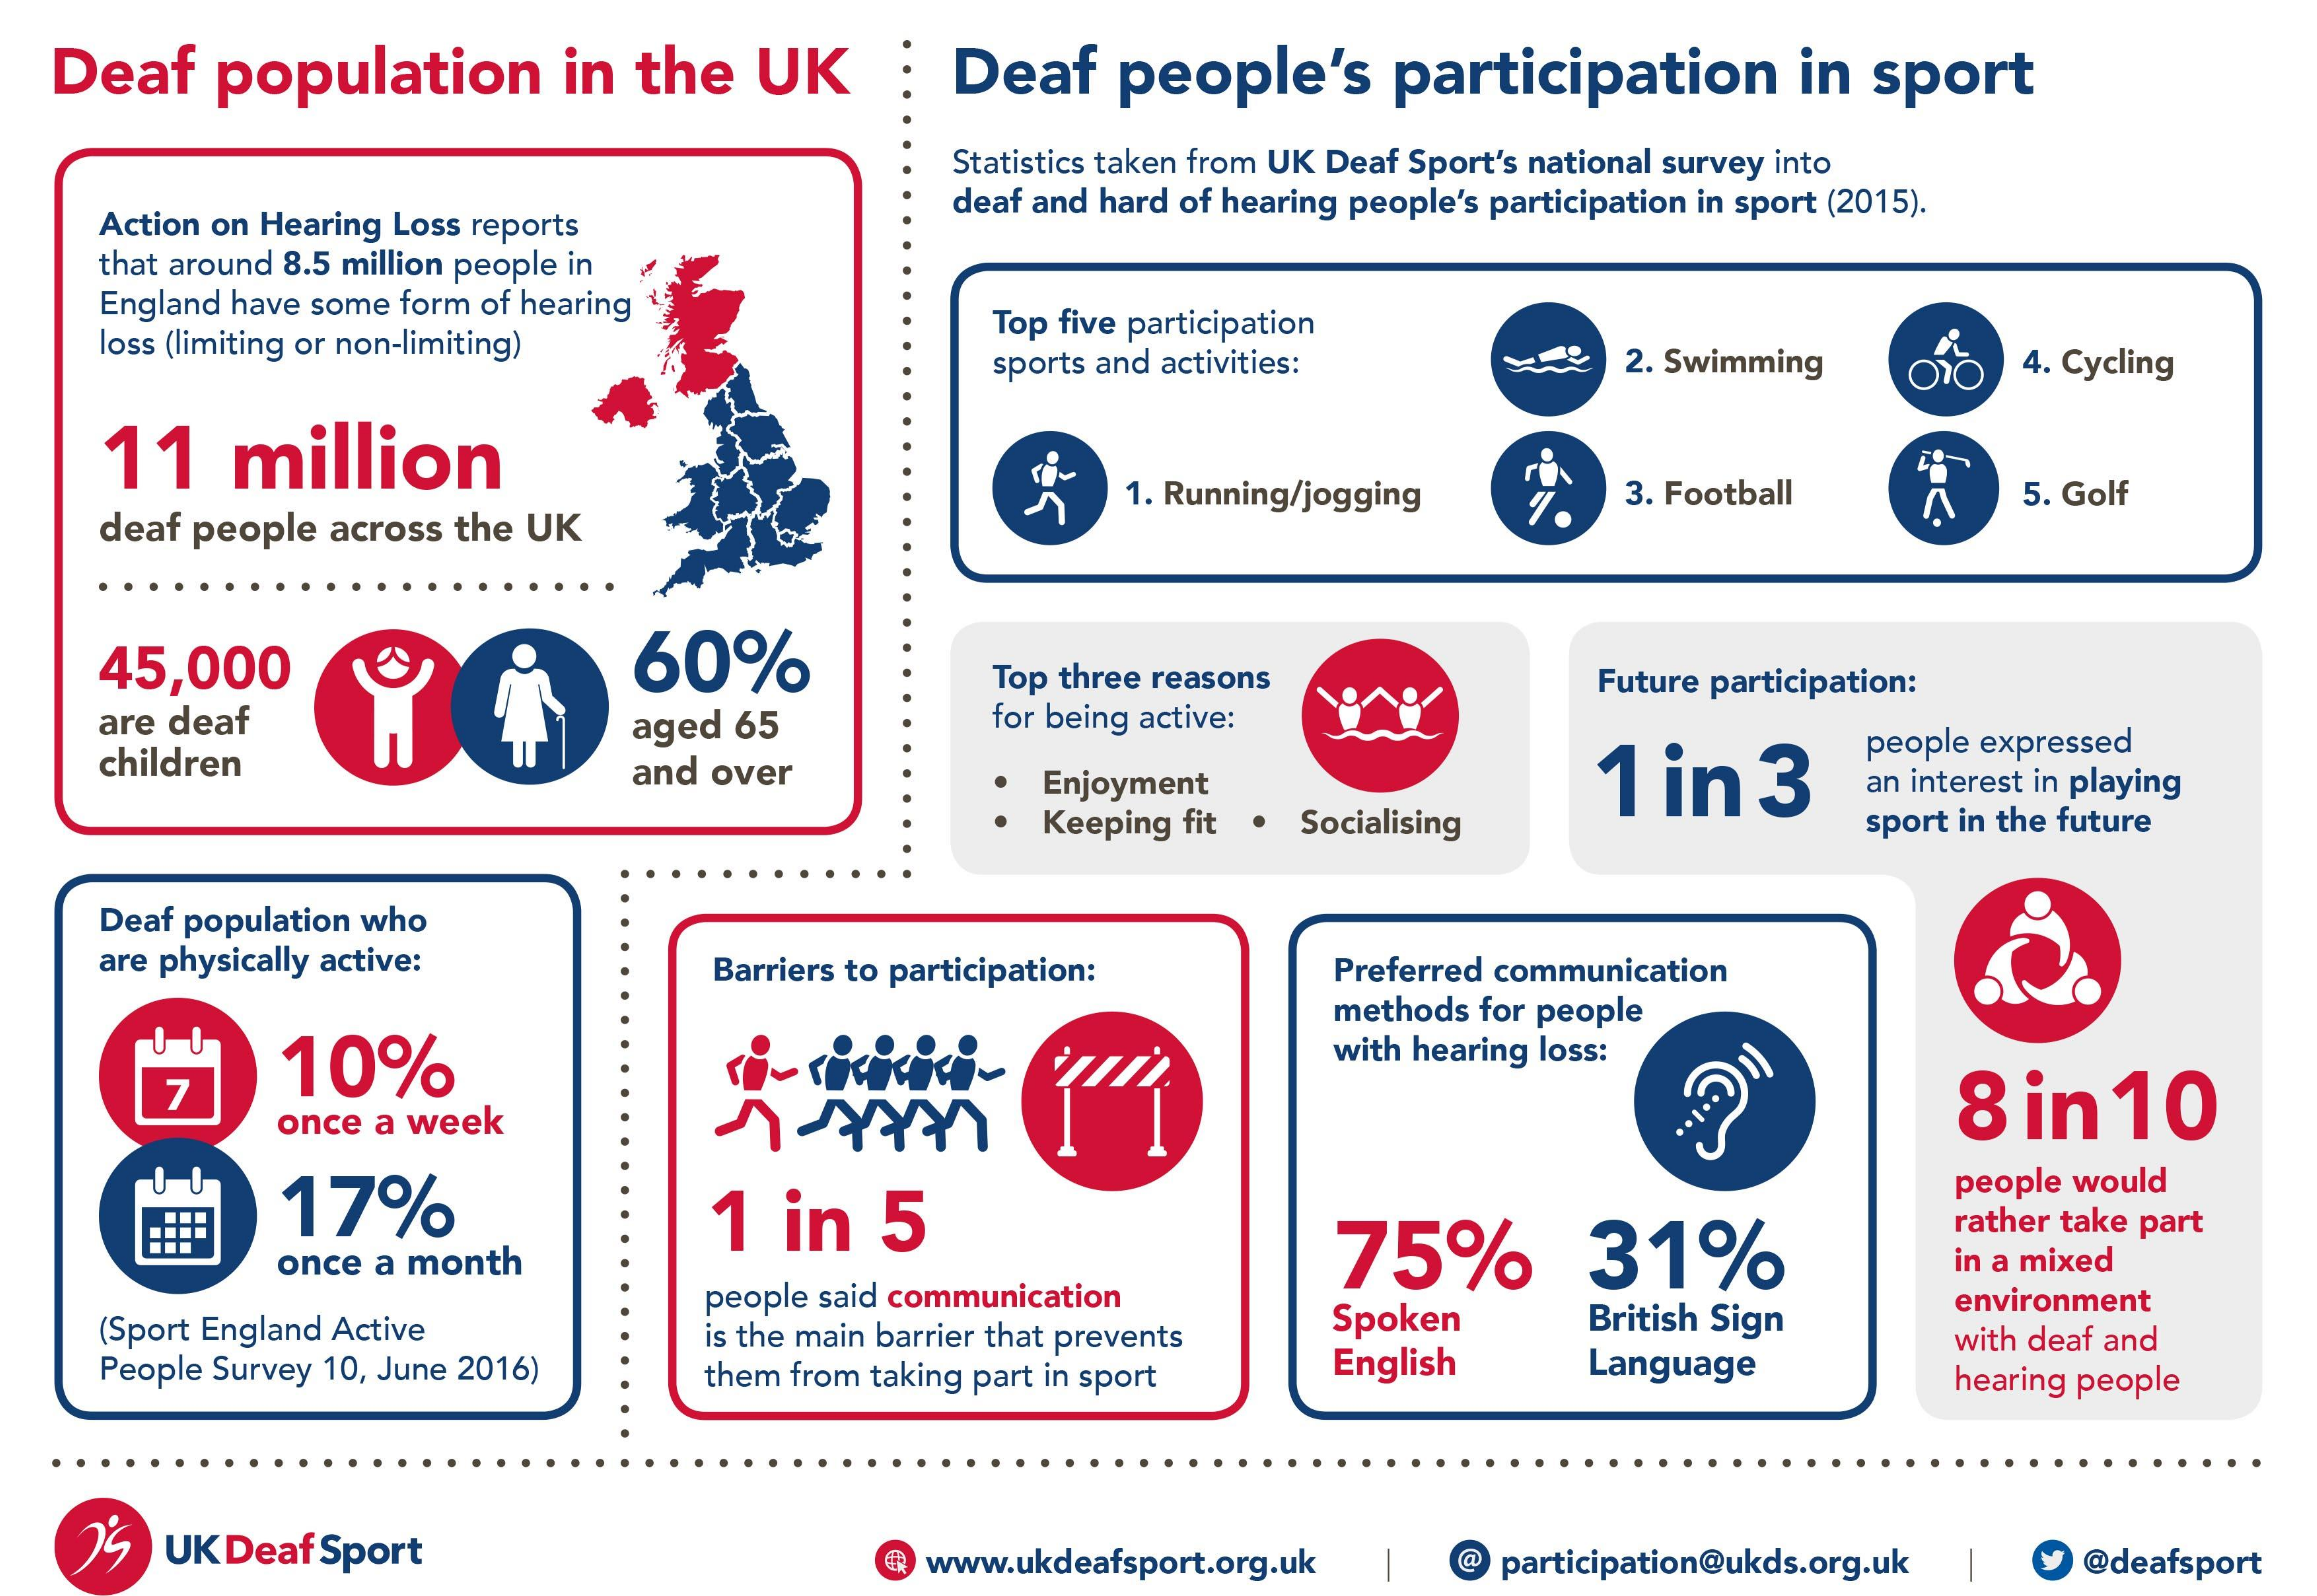
Deaf population in the UK   : Deaf people's participation in sport
     Statistics taken from UK Deaf Sport's national survey into
    Action on Hearing Loss reports
     deaf and hard of hearing people's participation in sport (2015).
    that around 8.5 million people in
    England have some form of hearing
    loss (limiting or non-limiting)
     Top five participation
     sports and activities: 2. Swimming 4. Cycling
    11  million
    deaf people across the UK
     1. Running/jogging 3. Football 5. Golf
    45,000    60%
     Top three reasons
    are deaf
     Future participation:
    children
     aged 65    for being active:
     and over    Enjoyment    1 in 3
     people expressed
     Keeping fit . Socialising
     an interest in playing
     sport in the future
    Deaf population who
    are physically active: Barriers to participation: Preferred communication
     10%
     methods for people
     with hearing loss:
     8 in 10
     once a week
     17%    1 in 5
     people would
     rather take part
     once a month    75%    31%    in a mixed
    (Sport England Active
     people said communication
     Spoken  British Sign
     environment
    People Survey 10, June 2016)
     is the main barrier that prevents
     them from taking part in sport English Language
     with deaf and
     hearing people
     UK Deaf Sport    www.ukdeafsport.org.uk @ participation@ukds.org.uk @deafsport